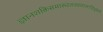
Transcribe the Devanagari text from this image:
ज्ञानशक्तिसमारूढतत्त्वमालाविभूषणे